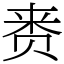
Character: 赉